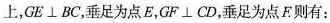
上，GE\bot BC，垂足为点E，GF\bot CD，垂足为点E则有：